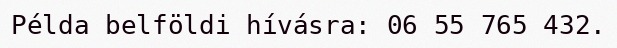
Példa belföldi hívásra: 06 55 765 432.